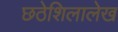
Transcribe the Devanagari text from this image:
छठेशिलालेख